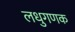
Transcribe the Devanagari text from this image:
लधुगणक